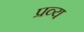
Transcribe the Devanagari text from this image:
प्रव्य